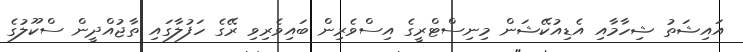
އައިޝަތު ޝިހާމާއި އެޑިއުކޭޝަން މިނިސްޓްރީގެ އިސްވެރިން ބައިވެރިވި ރޭގެ ހަފުލާގައި ތާޖުއްދީން ސްކޫލުގެ